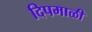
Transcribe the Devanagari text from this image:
दिपमाळी